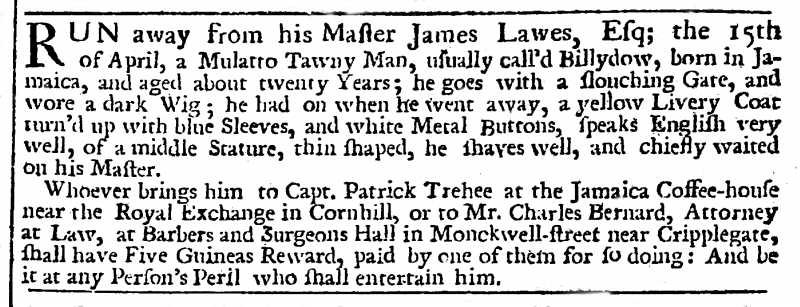
London Evening Post, 2 May 1732 (England)
RUN away from his Master James Lawes, Esq; the 15th of April, a Mulatto Tawny Man, usually call’d Billydow, born in Jamaica, and aged about twenty Years; he goes with a slouching Gate, and wore a dark Wig; he had on when he went away, a yellow Livery Coat turn’d up with blue Sleeves, and white Metal Buttons, speaks English very well, of a middle Stature, thin shaped, he shaves well, and chiefly waited on his Master.   Whoever brings him to Capt. Patrick Trehee at the Jamaica Coffee-house near the Royal Exchange in Cornhill, or to Mr. Charles Bernard, Attorney at Law, at Barbers and Surgeons Hall in Monckwell-street near Cripplegate, shall have Five Guineas Reward, paid by one of them for so doing: And be it at any Person’s Peril who shall entertain him.